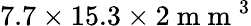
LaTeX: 7.7\times 15.3\times 2\mathrm{~m~m~}^{3}